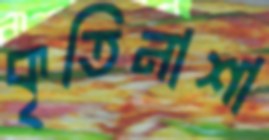
কৃতিনাশা